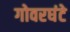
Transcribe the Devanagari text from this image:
गोवरघंटे